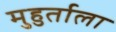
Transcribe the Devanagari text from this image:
मुहुर्ताला